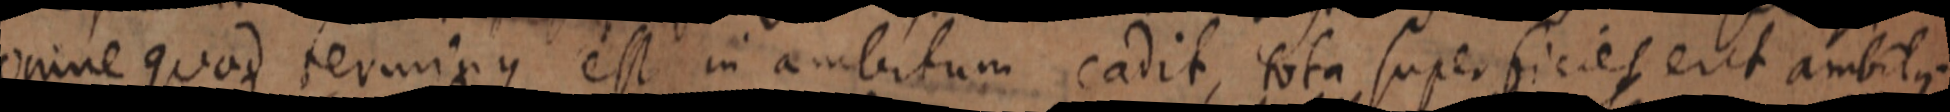
omne quod terminus est in ambitum cadit, tota superficies erit ambitus.